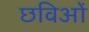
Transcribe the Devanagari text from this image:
छविओं